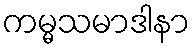
ကမ္မသမာဒါနာ